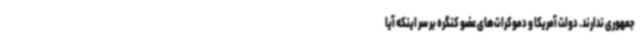
جمهوری ندارند. دولت آمریکا و دموکرات‌های عضو کنگره بر سر اینکه آیا